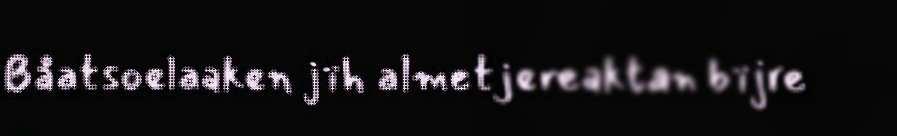
Båatsoelaaken jïh almetjereaktan bïjre